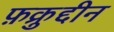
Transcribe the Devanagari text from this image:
फ़क्रुद्दीन